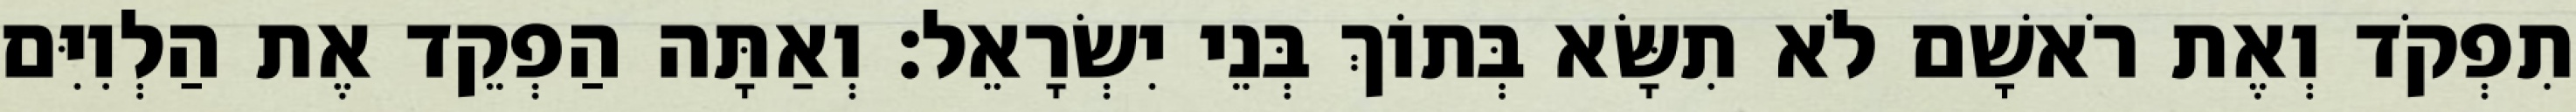
תִפְקֹד וְאֶת רֹאשָׁם לֹא תִשָּׂא בְּתוֹךְ בְּנֵי יִשְׂרָאֵל׃ וְאַתָּה הַפְקֵד אֶת הַלְוִיִּם